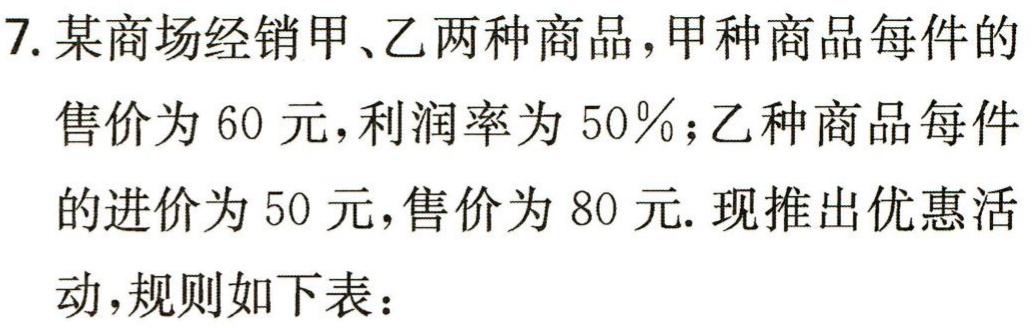
7. 某商场经销甲、乙两种商品，甲种商品每件的售价为 60 元，利润率为 50%；乙种商品每件的进价为 50 元，售价为 80 元. 现推出优惠活动，规则如下表：